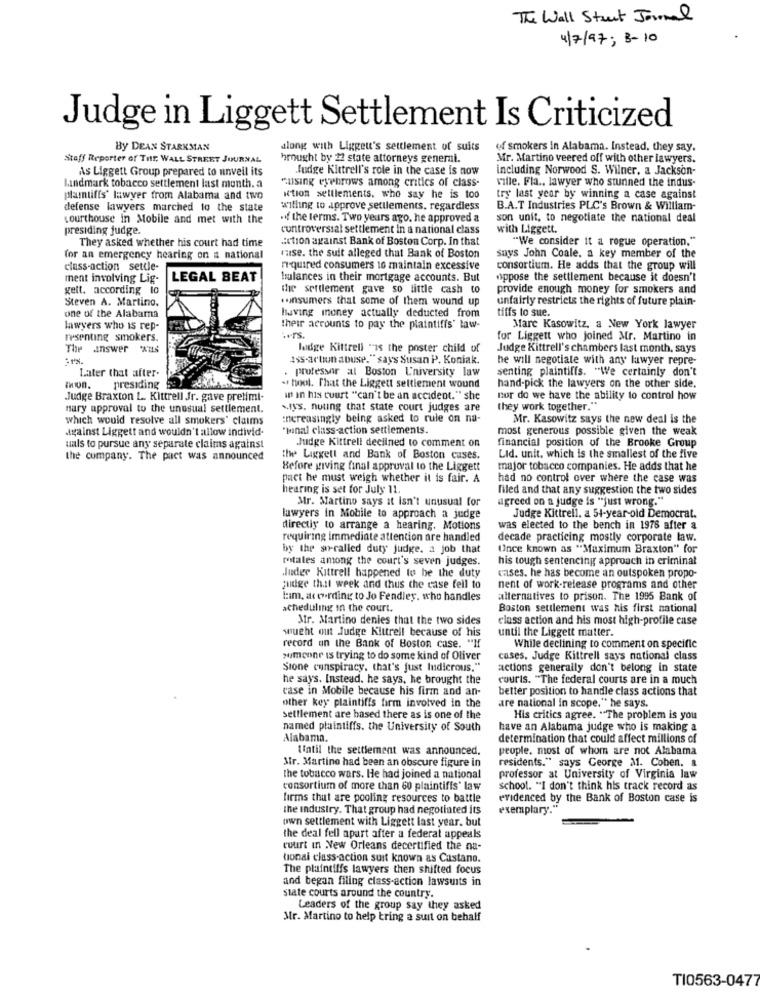
The Wall Street Journal
4/7/97; B-10
Judge in Liggett Settlement Is Criticized
By DEAN STARKMAN
along with Ligget's settlement of suits
of smokers in Alabama. Instead, they say.
Staff Reporter of THE WALL STREET JOURNAL
brought by 12 state attorneys generni.
Mr. Martino veered off with other lawyers.
As Liggett Group prepared to unveil its
Judge Kittrell's role in the case is now
including Norwood S. Wilner. a Jackson-
"using eyebrows among critics of class-
ville. Fla .. lawyer who stunned the indus.
Landmark tobacco settlement last month. a
plastifis' lawyer from Alabama and two
iction settlements, who say he is too
try last year by winning a case against
defense lawyers marched to the state
willing to approve settlements, regardless
B.A.T Industries PLC's Brown & William-
courthouse in Mobile and met with the
.if the terms. Two years ago. he approved a
son unit, to negotiate the national deal
presiding judge.
controversial settlement in a national class
with Liggett.
They asked whether his court had time
ction against Bank of Boston Corp. In that
"We consider it a rogue operation."
for an emergency hearing on a national
maise. the suit alleged that Bank of Boston
says John Coale, a key member of the
class-action settle-
required consumers 16 maintain excessive
consortium. He adds that the group will
ment involving Lig-
LEGAL BEAT
balances in their mortgage accounts. But
oppose the settlement because it doesn't
gett. according to
the sertlement gave so little cash to
provide enough money for smokers and
Steven A. Martino,
.unsumers that some of them wound up
unfairly restricts the rights of future plain-
living money actually deducted from
tiffs to sue.
one of the Alabama
lawyers who is rep-
their accounts to pay the plaintiffs' law-
Mare Kasowitz, a New York lawyer
resenting smokers.
.ers.
for Liggett who joined Mr. Martino in
The answer "
luidge Kittrell "is the poster child of
Judge Kittrell's chambers last month, says
1ss-action abuse." says Susan P. Koniak.
he will negotiate with any lawyer repre-
Later that after-
. protessar al Boston L'niversity law
senting plaintiffs. "We certainly don't
min.
presiding
- hool. That the Liggett settlement wound
hand-pick the lawyers on the other side.
Judge Braxton L. Kittrell Jr. gave pretimi-
in in his court "can't be an accident. " she
por do we have the ability to control how
nary approval to the unusual settlement.
MISS. nuting that state court judges are
they work together."
which would resolve all smokers' claims
increasingly being asked to rule on na-
Mr. Kasowitz says the new deal is the
against Liggett and wouldn't allow individ
"penal class-action settlements.
most generous possible given the weak
Judge Kittrell declined to comment on
financial position of the Brooke Group
uals to pursue any separate claims against
the company. The pact was announced
the Liggetl and Bank of Boston cuses.
Lid. unit, which is the smallest of the five
Before giving final approval to the Liggett
major tobacco companies. He adds that he
pact he must weigh whether it is fair. A
had no control over where the case was
hearing is set for July 11.
filed and that any suggestion the two sides
Mr. Martino says it isn't unusual for
agreed on a judge is "just wrong."
lawyers in Mobile to approach a judge
Judge Kittrell. a 54-year-old Democrat.
directly to arrange a hearing. Motions
was elected to the bench in 1976 after a
requiring immediate attention are handled
decade practicing mostly corporate law.
by the so-called duty judge. a job that
Once known as "Maximum Braxton" for
metales among the court's seven judges.
his tough sentencing approach in criminal
Judge Kittrell happened to be the duty
cases. he has become an outspoken propo-
judge that week and thus the case fell to
nent of work-release programs and other
Him, acording to Jo Fendley, who handles
alternatives to prison. The 1995 Bank of
scheduling in the court.
Boston settlement was his first national
Mr. Martino denies that the two sides
class action and his most high-profile case
until the Liggett matter.
wucht out Judge Kittrell because of his
record on the Bank of Boston case. "If
While declining to comment on specific
someone is trying to do some kind of Oliver
cases, Judge Kittrell says national class
Sione conspiracy, that's just Indicrous."
actions generally don't belong in state
he says. Instead. he says, he brought the
courts. "The federal courts are in a much
case in Mobile because his firm and an-
better position to handle class actions that
other key plaintiffs firm involved in the
are national in scope." he says.
settlement are based there as is one of the
His critics agree. "The problem is you
named plaintiffs. the University of South
have an Alabama judge who is making a
Alabama.
determination that could affect millions of
Until the settlement was announced.
people. most of whom are not Alabama
residents." says George M1. Coben. a
Str. Martino had been an obscure figure in
the tobacco wars. He had joined a national
professor at University of Virginia law
consortium of more than 60 plaintiffs" law
school. "I don't think his track record as
firms that are pooling resources to battle
evidenced by the Bank of Boston case is
the industry. That group had negotiated its
exemplary."
own settlement with Liggett last year. but
the deal fell apart after a federat appeals
court in New Orleans decertified the na-
tional class-action suit known as Castano.
The plaintiffs lawyers then shifted focus
and began filing class-action lawsuits in
state courts around the country.
Leaders of the group say they asked
Mr. Martino to help tring a suit on behalf
TI0563-0477